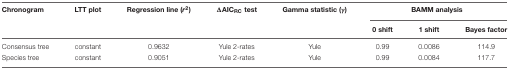
<table><thead><tr><td><b>Chronogram</b></td><td><b>LTT plot</b></td><td><b>Regression line (<i>r</i><sup>2</sup>)</b></td><td><b>ΔAIC<sub>RC</sub> test</b></td><td><b>Gamma statistic (γ)</b></td><td colspan="3"><b>BAMM analysis</b></td></tr><tr><td></td><td></td><td></td><td></td><td></td><td><b>0 shift</b></td><td><b>1 shift</b></td><td><b>Bayes factor</b></td></tr></thead><tbody><tr><td>Consensus tree</td><td>constant</td><td>0.9632</td><td>Yule 2-rates</td><td>Yule</td><td>0.99</td><td>0.0086</td><td>114.9</td></tr><tr><td>Species tree</td><td>constant</td><td>0.9051</td><td>Yule 2-rates</td><td>Yule</td><td>0.99</td><td>0.0084</td><td>117.7</td></tr></tbody></table>